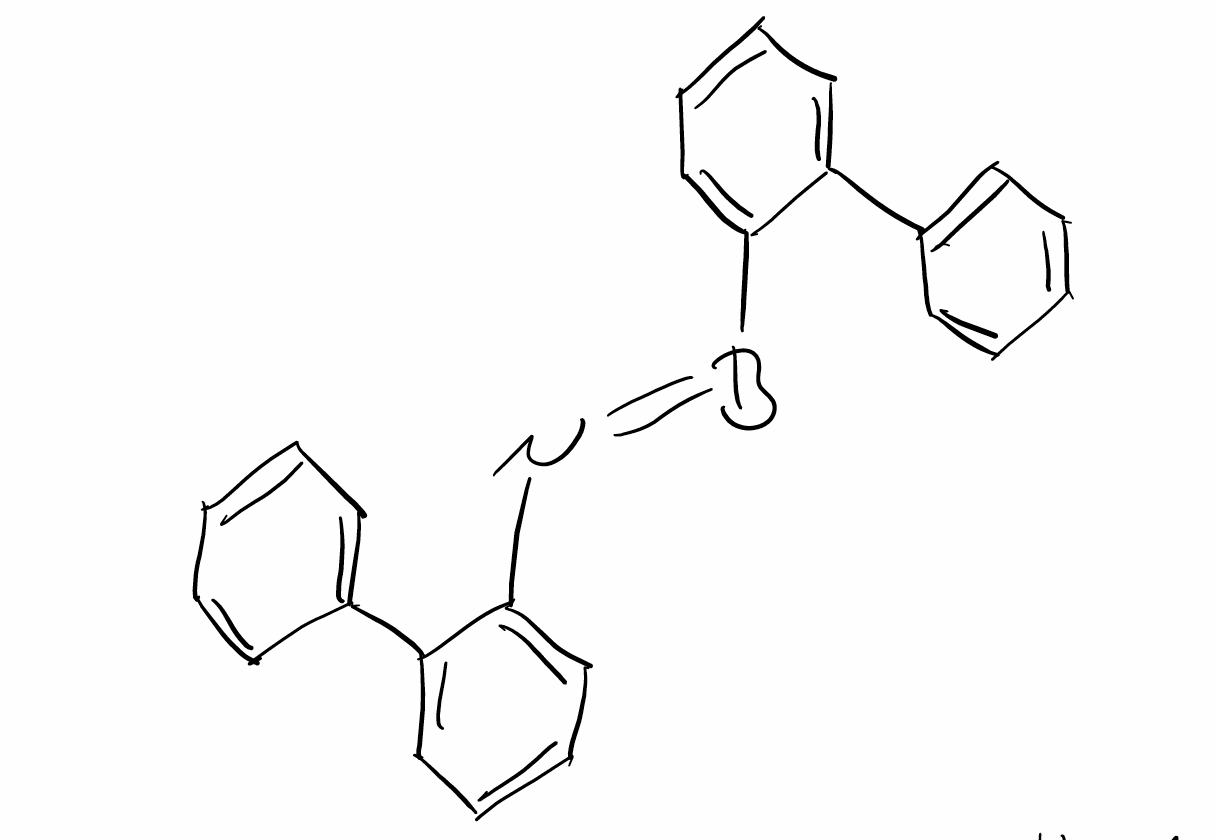
Simplified molecular-input line-entry system (SMILES) notation of the given molecule:
B(=NC1=CC=CC=C1C2=CC=CC=C2)C3=CC=CC=C3C4=CC=CC=C4